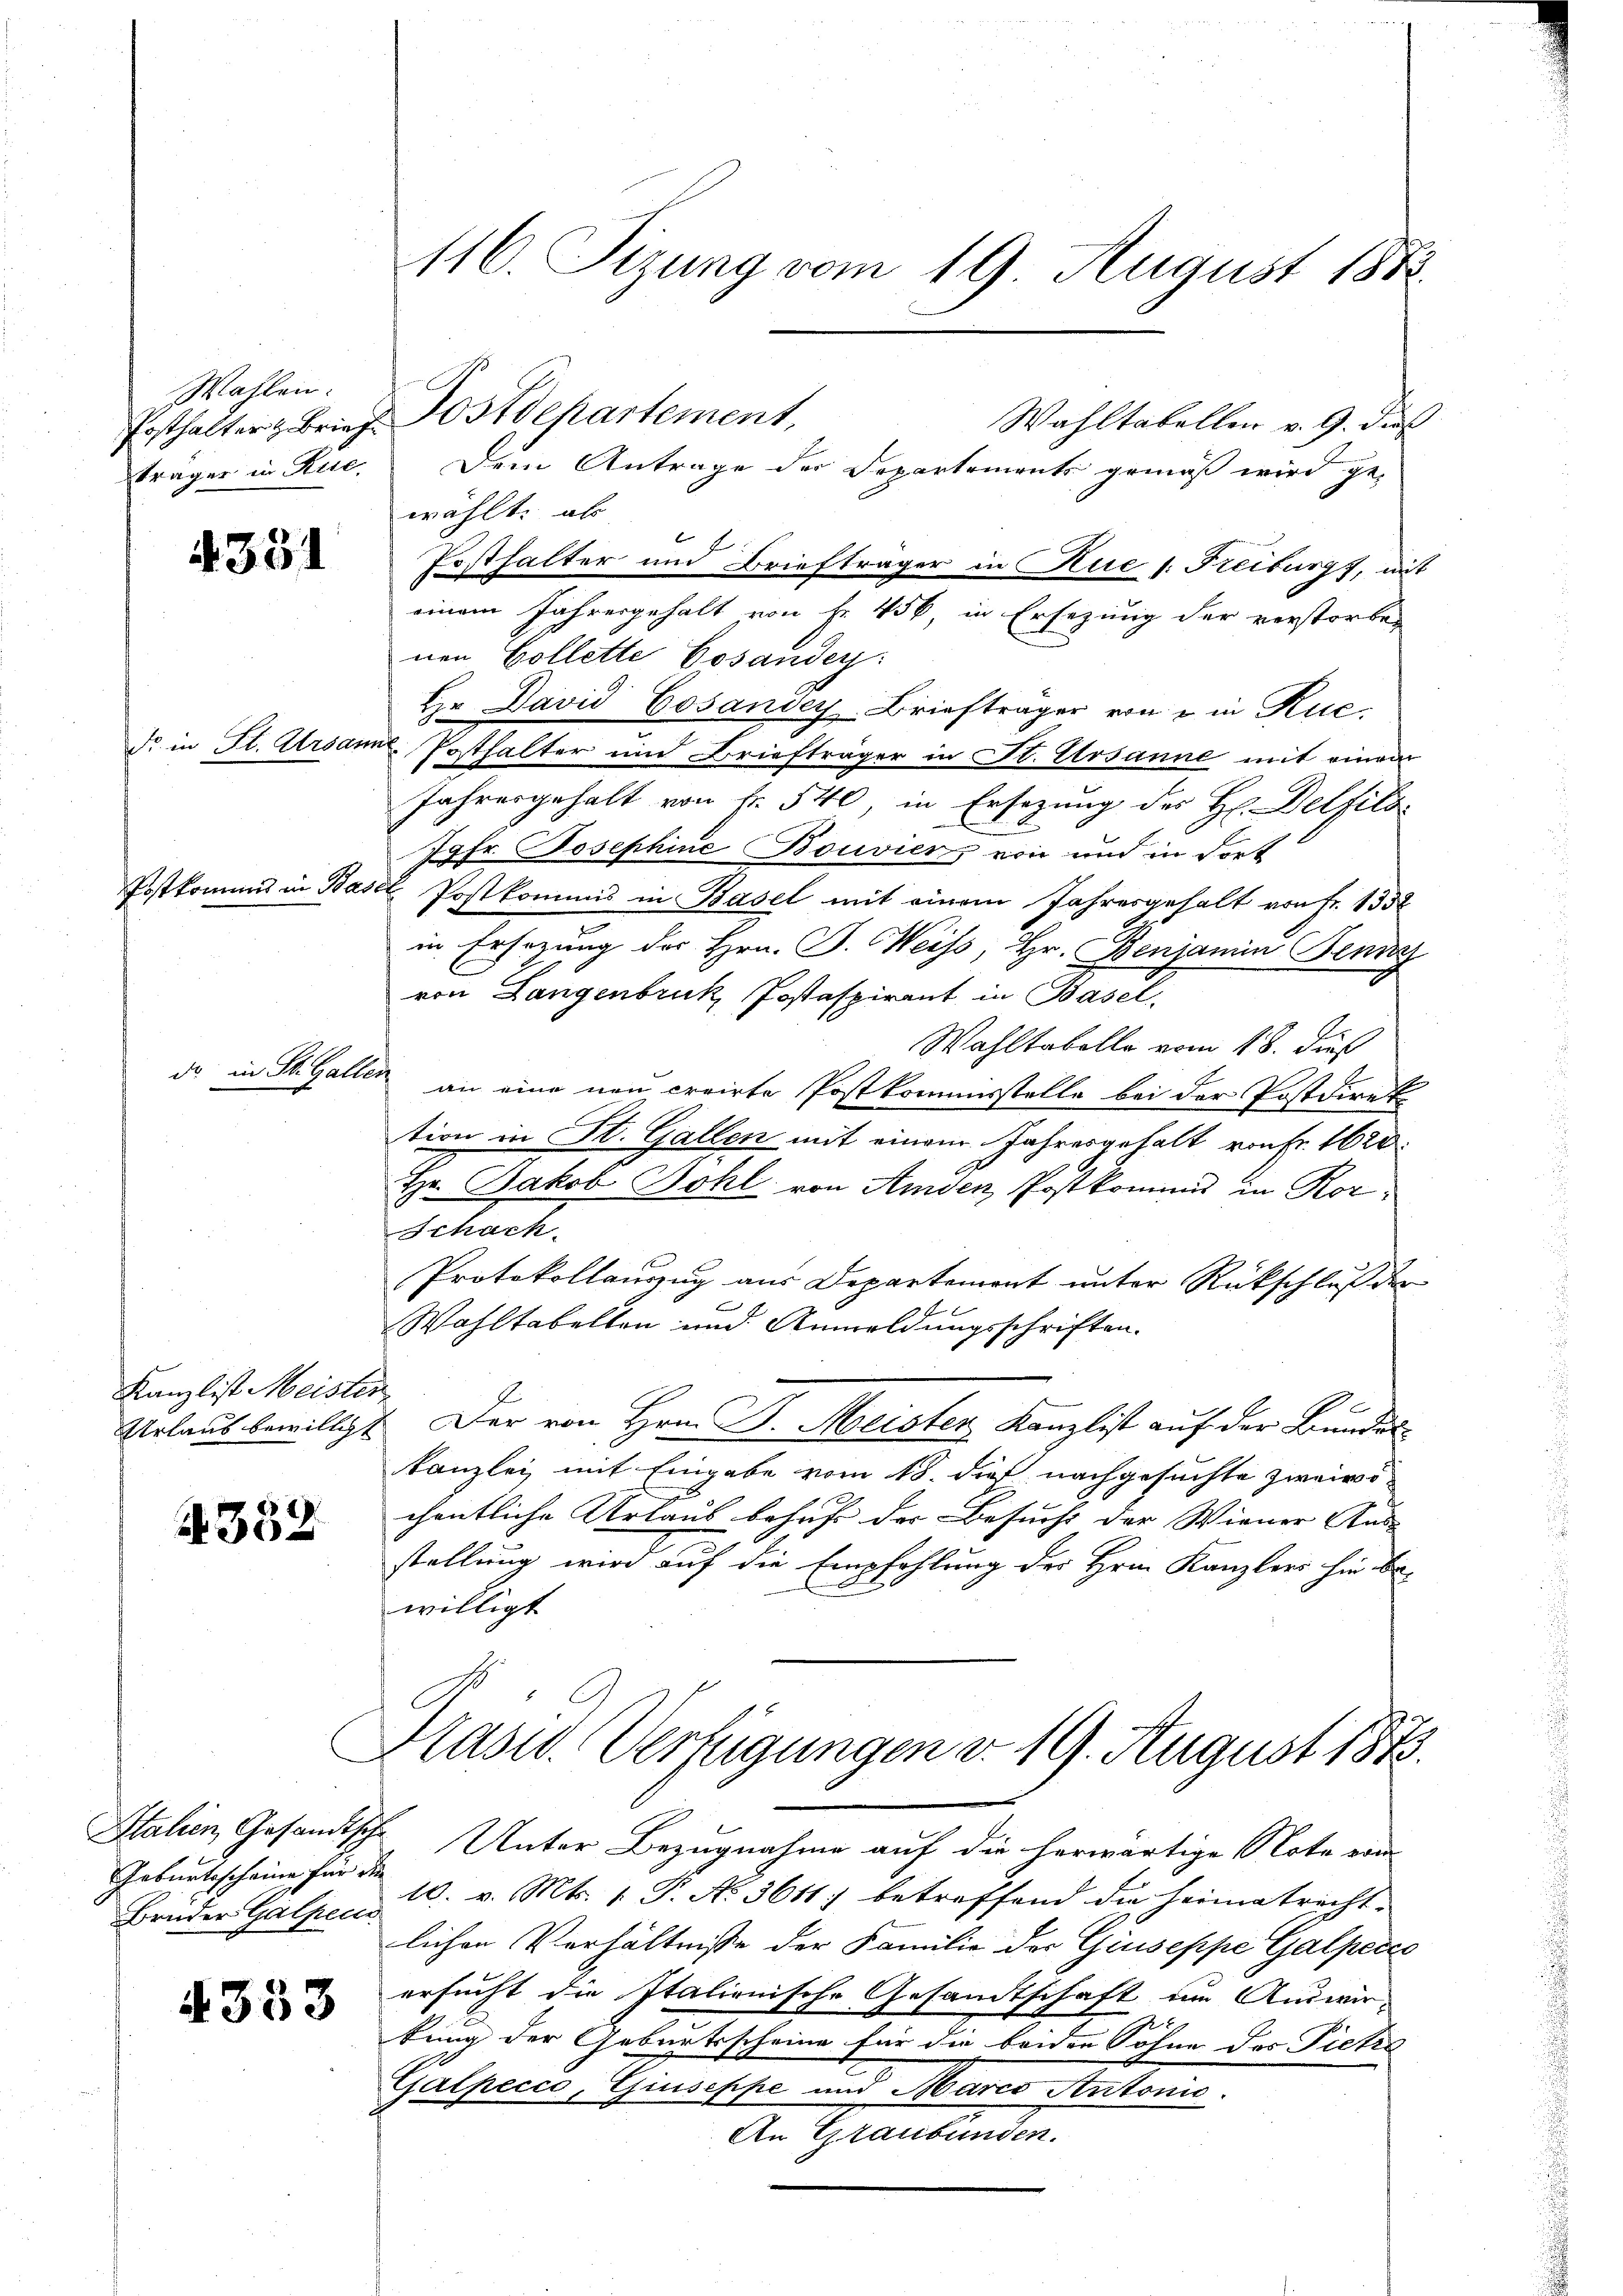
Wahlen.

4351

Postkommis in Ba

da in St. Gallen

Kanzlist Meister

332

Geburtsscheine für die
Brüder Galpen

4353

116. Sizung vom 19. August 1882

Wahltabellen v. 9. dies
wählt, als
k
Posthalter und Briefträger in Rue 1. Freiburg, mit
einem Jahresgehalt von fr. 456, in Ersezung der verstorben
nen Collette Posándey
Hr David Cosanicy-Briefträger von u in Rue
t in Fl. Ursanne Posthalter und Briefträger in St. Ursanne mit einem
Jahresgehalt von fr. 540, in Ersetzung des H. Delfils
75fr. Josephine Bouvier, von und in Fort
isel Postkommis in Basel mit einem Jahresgehalt von Fr. 1332
in Ersezung des Hrn. J. Weiss, Hr. Benjamin Benny
von Langenbruk Jostaspirant in Basel,
Wahltabelle vom 18. dieß
an eine neu creirte Postkommisstelle bei der Postdirek
tion in St. Gallen mit einem Jahresgehalt von Fr. 1620
Hr. Jakob Bohl von Amden Postkommnis in Ror¬
Schach.
Protokollauszug aus Departement unter Rückschluß der
Wohltabellon und Anmeldungsschriften.
Urlaub bewilligt. Der von Hrn. P. Meister Kanzlist auf der Bundes
kanzlei mit Eingabe vom 18. dieß nachgesuchte zwei s
chentliche Urlaub behufs der Besuchs der Wiener Aus- |
stellung wird auf die Empfehlung des Hrn. Kanzlers hier be-
willigt

Posthalter Brief Postdepartement,
träger in Rue. Dem Antrage der Departements gemäß wird ge-

Krasso Verfügungen v. 19. August 1873.

Italien, Gesandtsche Unter Bezugnahme auf die herwärtige Note vom
10. v. Mts. 1. P. No 3611) betreffend die Heimatrechtlichen Verhältnisse der Familie der Giuseppe Galperce
ersucht die Italienische Gesandtschaft um Auswin
kung der Geburtsscheine für die beiden Söhne des Pietra
Galpecco, Giuseppe und Mares Antonis.
An Graubünden.